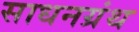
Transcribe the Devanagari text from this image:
साधनग्रंथ